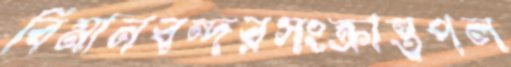
বিমানবন্দরসংক্রান্তপল